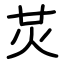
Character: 炗